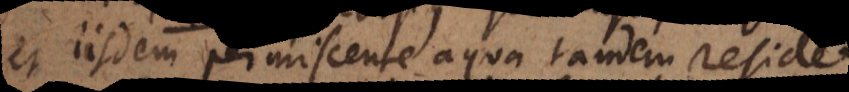
et iisdem permiscente aqua tandem residet.